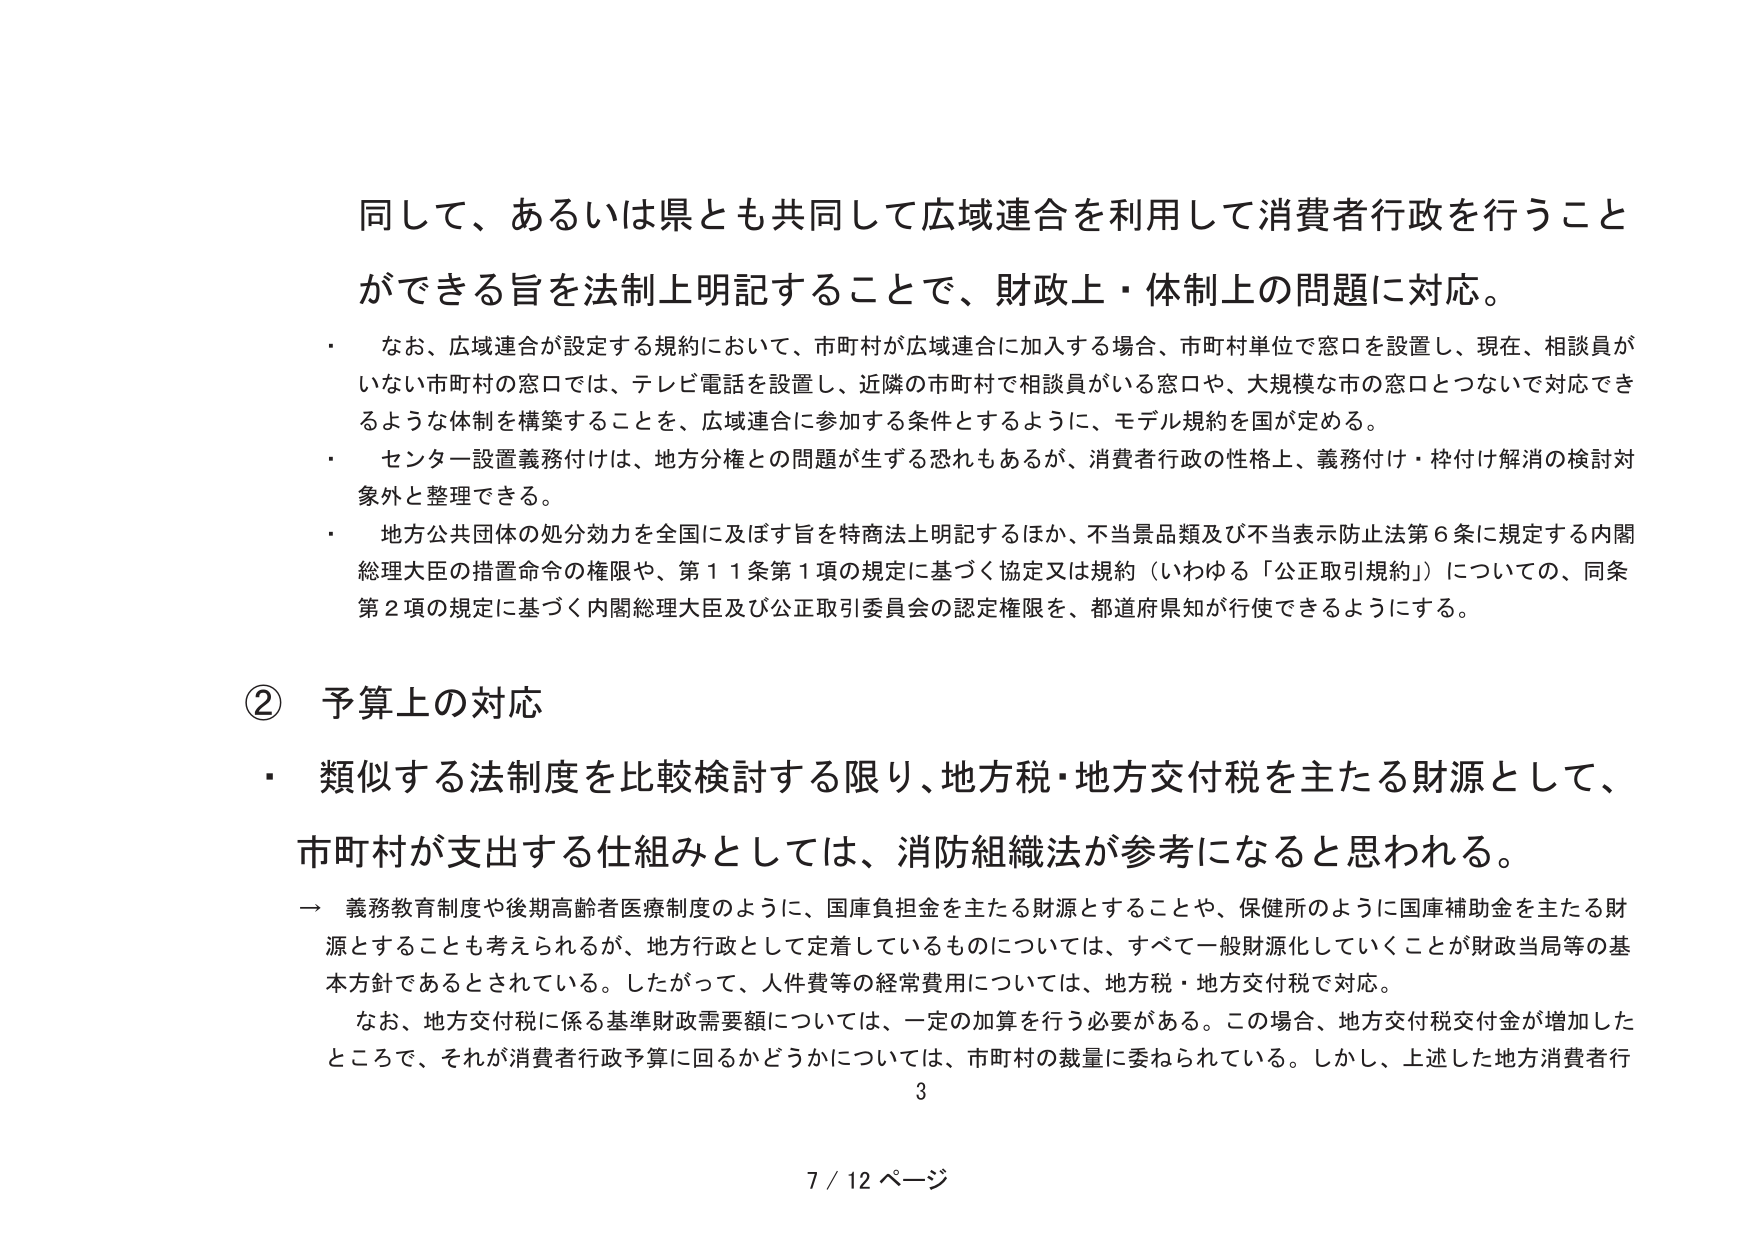
同して、あるいは県とも共同して広域連合を利用して消費者行政を行うこと
ができる旨を法制上明記することで、財政上・体制上の問題に対応。
・ なお、広域連合が設定する規約において、市町村が広域連合に加入する場合、市町村単位で窓口を設置し、現在、相談員が
いない市町村の窓口では、テレビ電話を設置し、近隣の市町村で相談員がいる窓口や、大規模な市の窓口とつないで対応でき
るような体制を構築することを、広域連合に参加する条件とするように、モデル規約を国が定める。
・ センター設置義務付けは、地方分権との問題が生ずる恐れもあるが、消費者行政の性格上、義務付け・枠付け解消の検討対
象外と整理できる。
・ 地方公共団体の処分効力を全国に及ぼす旨を特商法上明記するほか、不当景品類及び不当表示防止法第６条に規定する内閣
総理大臣の措置命令の権限や、第１１条第１項の規定に基づく協定又は規約（いわゆる「公正取引規約」）についての、同条
第２項の規定に基づく内閣総理大臣及び公正取引委員会の認定権限を、都道府県知が行使できるようにする。

② 予算上の対応
・ 類似する法制度を比較検討する限り、地方税・地方交付税を主たる財源として、
市町村が支出する仕組みとしては、消防組織法が参考になると思われる。
→ 義務教育制度や後期高齢者医療制度のように、国庫負担金を主たる財源とすることや、保健所のように国庫補助金を主たる財
源とすることも考えられるが、地方行政として定着しているものについては、すべて一般財源化していくことが財政当局等の基
本方針であるとされている。したがって、人件費等の経常費用については、地方税・地方交付税で対応。
　なお、地方交付税に係る基準財政需要額については、一定の加算を行う必要がある。この場合、地方交付税交付金が増加した
ところで、それが消費者行政予算に回るかどうかについては、市町村の裁量に委ねられている。しかし、上述した地方消費者行
3
7 / 12 ページ